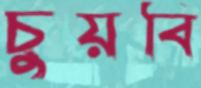
চুয়বি